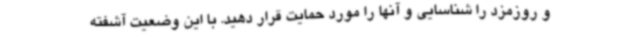
و روزمزد را شناسایی و آنها را مورد حمایت قرار دهید. با این وضعیت آشفته